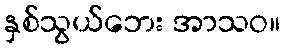
နှစ်သွယ်ဘေး အာသဝ။